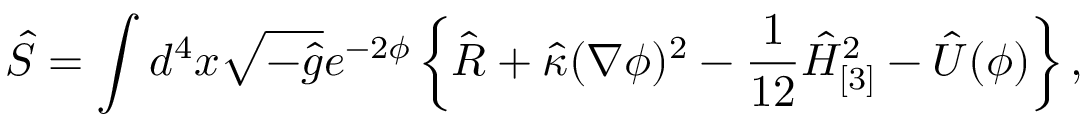
\hat { S } = \int d ^ { 4 } x \sqrt { - \hat { g } } e ^ { - 2 \phi } \left\{ \hat { R } + \hat { \kappa } ( \nabla \phi ) ^ { 2 } - \frac 1 { 1 2 } \hat { H } _ { [ 3 ] } ^ { 2 } - \hat { U } ( \phi ) \right\} ,